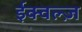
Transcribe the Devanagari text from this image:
ईक्वल्ज़